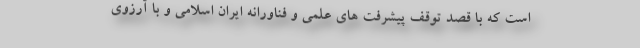
است که با قصد توقف پیشرفت های علمی و فناورانه ایران اسلامی و با آرزوی